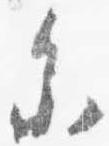
参